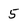
Character: 5